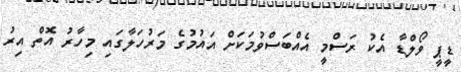
ޑީޕީ ވޯލްޑާ އެކު ރަސްމީ އެއްބަސްވުމަކަށް އައުމުގެ މަރުހަލާގައި މިހާރު އޮތް އިރު